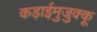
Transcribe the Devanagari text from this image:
कड़ाईमुजुक्कू